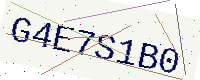
Text: G4E7S1B0